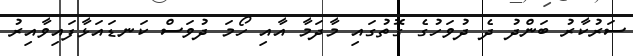
ސަރުކާރު ބަންދު ދެ ދުވަހުގެ ގޮތުގައި މާދަމާ އާއި ހޯމަ ދުވަސް ކަނޑައަޅާފައިވާއިރު